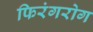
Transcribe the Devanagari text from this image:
फिरंगरोग